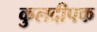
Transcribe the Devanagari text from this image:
कुलदीपक